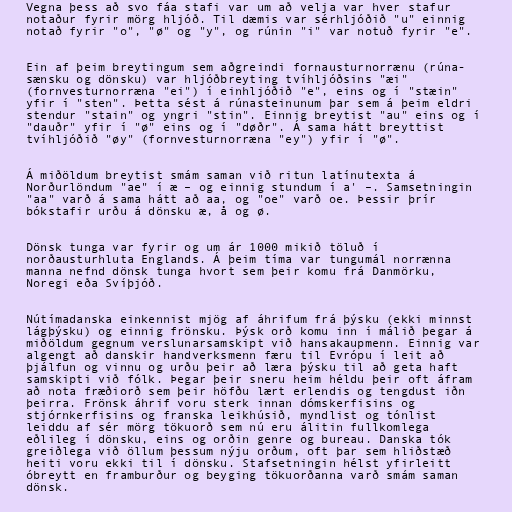
Vegna þess að svo fáa stafi var um að velja var hver stafur
notaður fyrir mörg hljóð. Til dæmis var sérhljóðið "u" einnig
notað fyrir "o", "ø" og "y", og rúnin "i" var notuð fyrir "e".

Ein af þeim breytingum sem aðgreindi fornausturnorrænu (rúna-
sænsku og dönsku) var hljóðbreyting tvíhljóðsins "æi"
(fornvesturnorræna "ei") í einhljóðið "e", eins og í "stæin"
yfir í "sten". Þetta sést á rúnasteinunum þar sem á þeim eldri
stendur "stain" og yngri "stin". Einnig breytist "au" eins og í
"dauðr" yfir í "ø" eins og í "døðr". Á sama hátt breyttist
tvíhljóðið "øy" (fornvesturnorræna "ey") yfir í "ø".

Á miðöldum breytist smám saman við ritun latínutexta á
Norðurlöndum "ae" í æ – og einnig stundum í a' –. Samsetningin
"aa" varð á sama hátt að aa, og "oe" varð oe. Þessir þrír
bókstafir urðu á dönsku æ, å og ø.

Dönsk tunga var fyrir og um ár 1000 mikið töluð í
norðausturhluta Englands. Á þeim tíma var tungumál norrænna
manna nefnd dönsk tunga hvort sem þeir komu frá Danmörku,
Noregi eða Svíþjóð.

Nútímadanska einkennist mjög af áhrifum frá þýsku (ekki minnst
lágþýsku) og einnig frönsku. Þýsk orð komu inn í málið þegar á
miðöldum gegnum verslunarsamskipt við hansakaupmenn. Einnig var
algengt að danskir handverksmenn færu til Evrópu í leit að
þjálfun og vinnu og urðu þeir að læra þýsku til að geta haft
samskipti við fólk. Þegar þeir sneru heim héldu þeir oft áfram
að nota fræðiorð sem þeir höfðu lært erlendis og tengdust iðn
þeirra. Frönsk áhrif voru sterk innan dómskerfisins og
stjórnkerfisins og franska leikhúsið, myndlist og tónlist
leiddu af sér mörg tökuorð sem nú eru álitin fullkomlega
eðlileg í dönsku, eins og orðin genre og bureau. Danska tók
greiðlega við öllum þessum nýju orðum, oft þar sem hliðstæð
heiti voru ekki til í dönsku. Stafsetningin hélst yfirleitt
óbreytt en framburður og beyging tökuorðanna varð smám saman
dönsk.